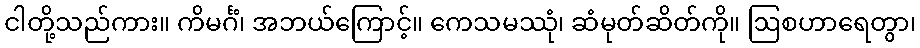
ငါတို့သည်ကား။ ကိမင်္ဂံ၊ အဘယ်ကြောင့်။ ကေသမဿုံ၊ ဆံမုတ်ဆိတ်ကို။ ဩစဟာရေတွာ၊